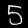
Digit: 5